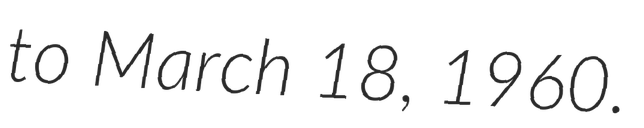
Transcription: to March 18, 1960.